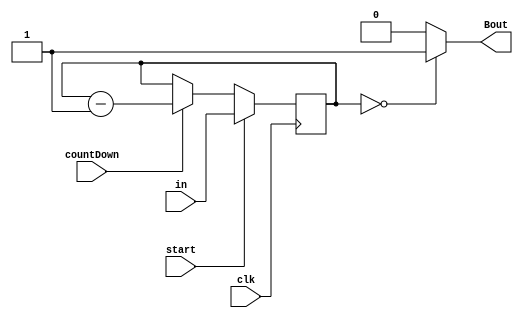
`timescale 1ns/1ns
module counter(input clk, input start, countDown, input [1:0]in,  output Bout);

reg [1:0] out;


always@(posedge clk)begin
	if(start)
		out <= in ;
	else if(countDown)
		out <= out - 2'b01;
end

assign Bout = (out == 2'b00) ? 1'b1 : 1'b0;


endmodule